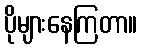
ပိုများနေကြတာ။